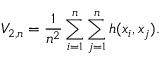
V _ { 2 , n } = { \frac { 1 } { n ^ { 2 } } } \sum _ { i = 1 } ^ { n } \sum _ { j = 1 } ^ { n } h ( x _ { i } , x _ { j } ) .